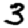
Digit: 3